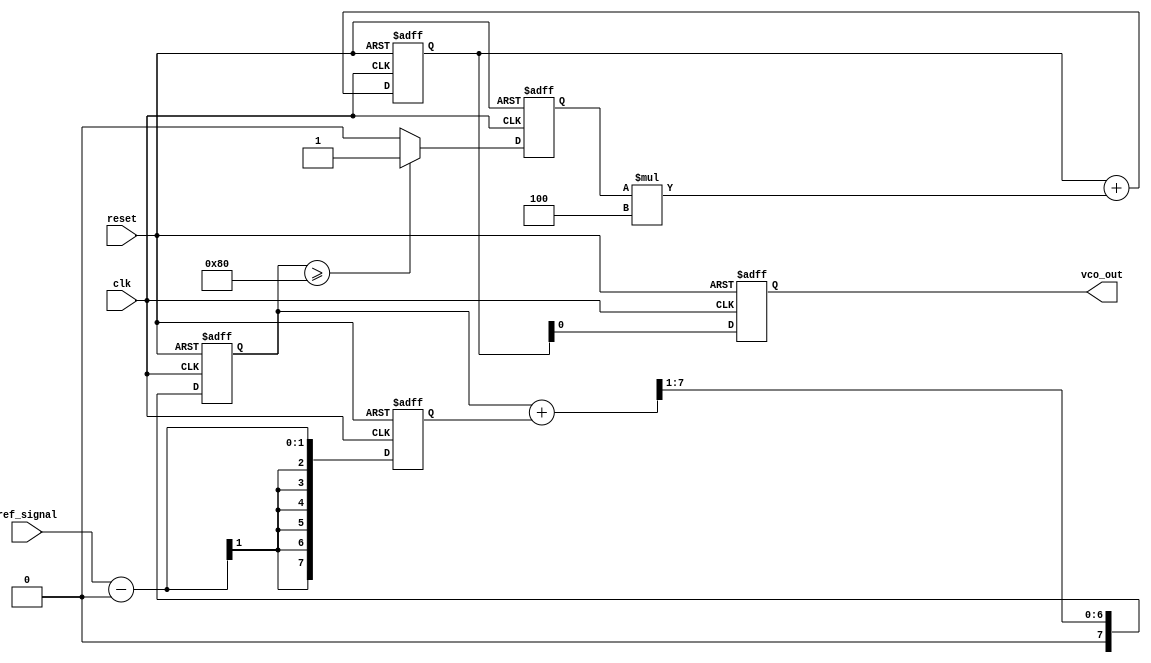
module sigma_delta_PLL (
    input wire clk,                // Main clock input
    input wire reset,              // Reset signal
    input wire ref_signal,         // Reference input signal
    output reg vco_out             // VCO output frequency
);

// Parameters
parameter N = 8;                  // Bit width for the sigma-delta modulator
parameter LOOP_FILTER_GAIN = 4;  // Loop filter gain

// Internal signals
reg [N-1:0] phase_error;         // Phase error from phase detector
reg [N-1:0] vco_control;         // Control signal for the VCO
reg [N-1:0] filtered_signal;     // Filtered output signal
reg vco_mod_output;              // Output from the Sigma-Delta modulator

// Phase Detector
always @(posedge clk or posedge reset) begin
    if (reset) begin
        phase_error <= 0;
    end else begin
        // Assuming the ref_signal is sampled at the clock rate
        // Simple phase detector implementation
        phase_error <= ref_signal - (vco_out >> 1); // Adjusting feedback/phase for feedback
    end
end

// Loop Filter (First-Order Low-Pass Filter)
always @(posedge clk or posedge reset) begin
    if (reset) begin
        filtered_signal <= 0;
    end else begin
        // Simple low-pass filter; output is an average based on phase error
        filtered_signal <= (filtered_signal + phase_error) >> 1;  // Simple averaging
    end
end

// Sigma-Delta Modulator
always @(posedge clk or posedge reset) begin
    if (reset) begin
        vco_control <= 0;
        vco_mod_output <= 0;
    end else begin
        // Simple 1-bit quantizer
        if (filtered_signal >= (1 << (N-1))) begin
            vco_mod_output <= 1;  // Output bit high
        end else begin
            vco_mod_output <= 0;  // Output bit low
        end

        // Integrate the quantizer output
        vco_control <= vco_control + vco_mod_output * LOOP_FILTER_GAIN;
    end
end

// Voltage-Controlled Oscillator (VCO)
always @(posedge clk or posedge reset) begin
    if (reset) begin
        vco_out <= 0;  // Reset VCO output
    end else begin
        // Adjust output frequency based on control signal
        // VCO operation can vary based on your requirements
        vco_out <= vco_control; // Simplified VCO
    end
end

endmodule